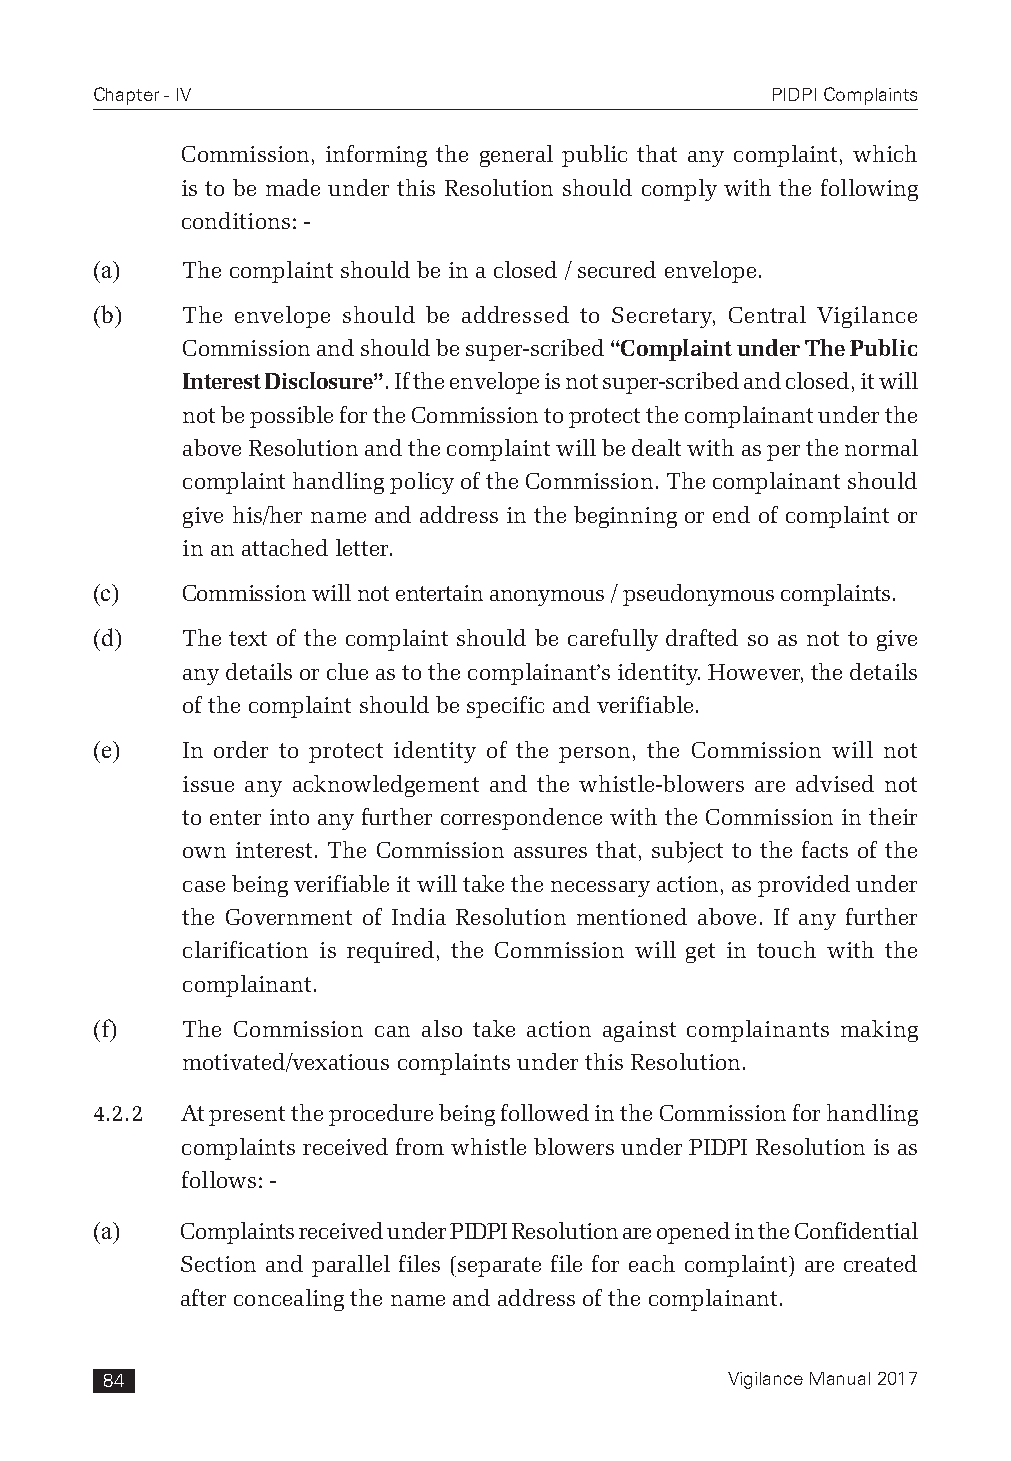
Chapter - IV                                 PIDPI Complaints
 Commission, informing the general public that any complaint, which
 is to be made under this Resolution should comply with the following
 conditions: -
 (a)   The complaint should be in a closed / secured envelope.
 (b)   The envelope should be addressed to Secretary, Central Vigilance
 Commission and should be super-scribed “Complaint under The Public
 Interest Disclosure”. If the envelope is not super-scribed and closed, it will
 not be possible for the Commission to protect the complainant under the
 above Resolution and the complaint will be dealt with as per the normal
 complaint handling policy of the Commission. The complainant should
 give his/her name and address in the beginning or end of complaint or
 in an attached letter.
 (c)   Commission will not entertain anonymous / pseudonymous complaints.
 (d)   The text of the complaint should be carefully drafted so as not to give
 any details or clue as to the complainant’s identity. However, the details
 of the complaint should be specific and verifiable.
 (e)   In order to protect identity of the person, the Commission will not
 issue any acknowledgement and the whistle-blowers are advised not
 to enter into any further correspondence with the Commission in their
 own interest. The Commission assures that, subject to the facts of the
 case being verifiable it will take the necessary action, as provided under
 the Government of India Resolution mentioned above. If any further
 clarification is required, the Commission will get in touch with the
 complainant.
 (f)   The Commission can also take action against complainants making
 motivated/vexatious complaints under this Resolution.
 4.2.2 At present the procedure being followed in the Commission for handling
 complaints received from whistle blowers under PIDPI Resolution is as
 follows: -
 (a)   Complaints received under PIDPI Resolution are opened in the Confidential
 Section and parallel files (separate file for each complaint) are created
 after concealing the name and address of the complainant.
 84                                       Vigilance Manual 2017